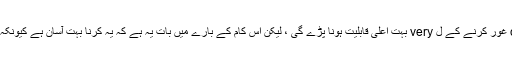
اگرچہ کسی کو اس طرح کے عہدے کے ل considered غور کرنے کے ل very بہت اعلی قابلیت ہونا پڑے گی ، لیکن اس کام کے بارے میں بات یہ ہے کہ یہ کرنا بہت آسان ہے کیونکہ دوسرے لوگ ان کے لئے سارے گھناؤنے کام کررہے ہیں۔